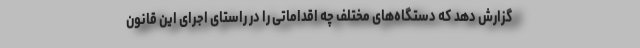
گزارش دهد که دستگاه‌های مختلف چه اقداماتی را در راستای اجرای این قانون